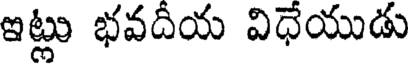
ఇట్లు భవదీయ విధేయుడు